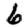
Digit: 6